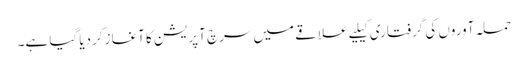
حملہ آوروں کی گرفتاری کیلیے علاقے میں سرچ آپریشن کا آغاز کردیا گیا ہے۔